65_HS1-834228961_62-HQ-83894_Section_4
Agency: FBI
Page 165
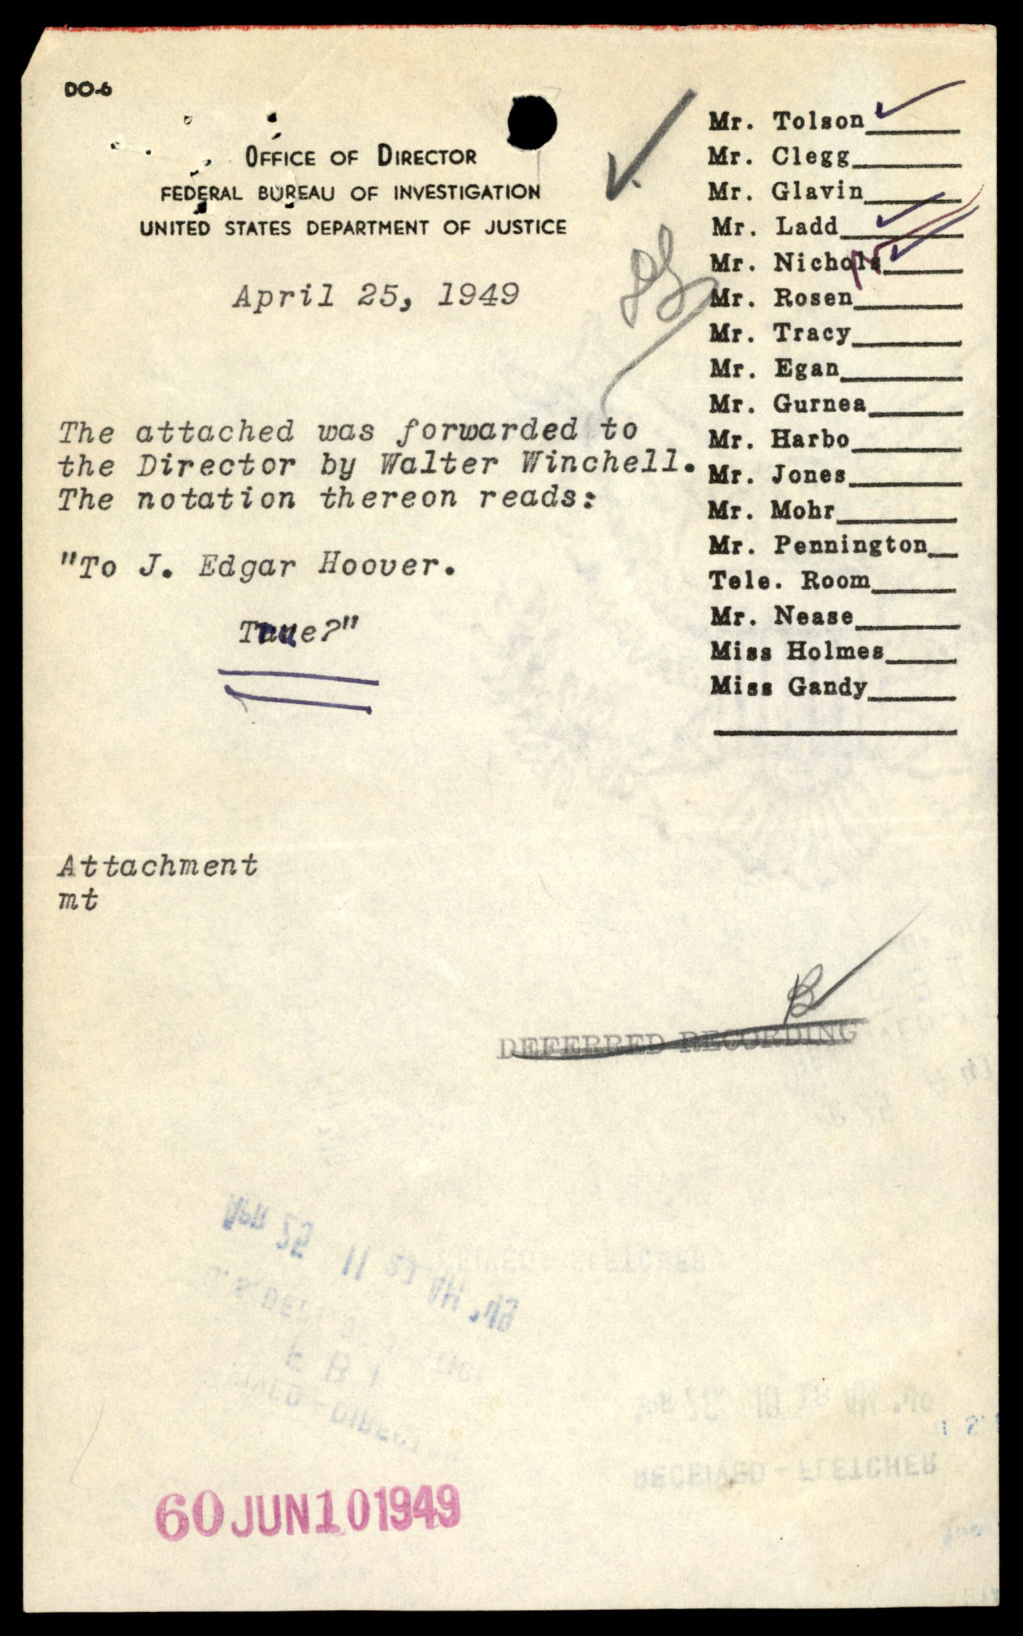